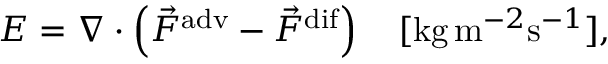
E = \nabla \cdot \left( \vec { F } ^ { \mathrm { a d v } } - \vec { F } ^ { \mathrm { d i f } } \right) \quad [ \mathrm { k g } \, \mathrm { m } ^ { - 2 } \mathrm { s } ^ { - 1 } ] ,